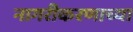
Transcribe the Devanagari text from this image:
नागरीकरणाच्या